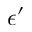
\epsilon ^ { \prime }